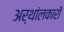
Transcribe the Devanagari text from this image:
अर्थांलकारों